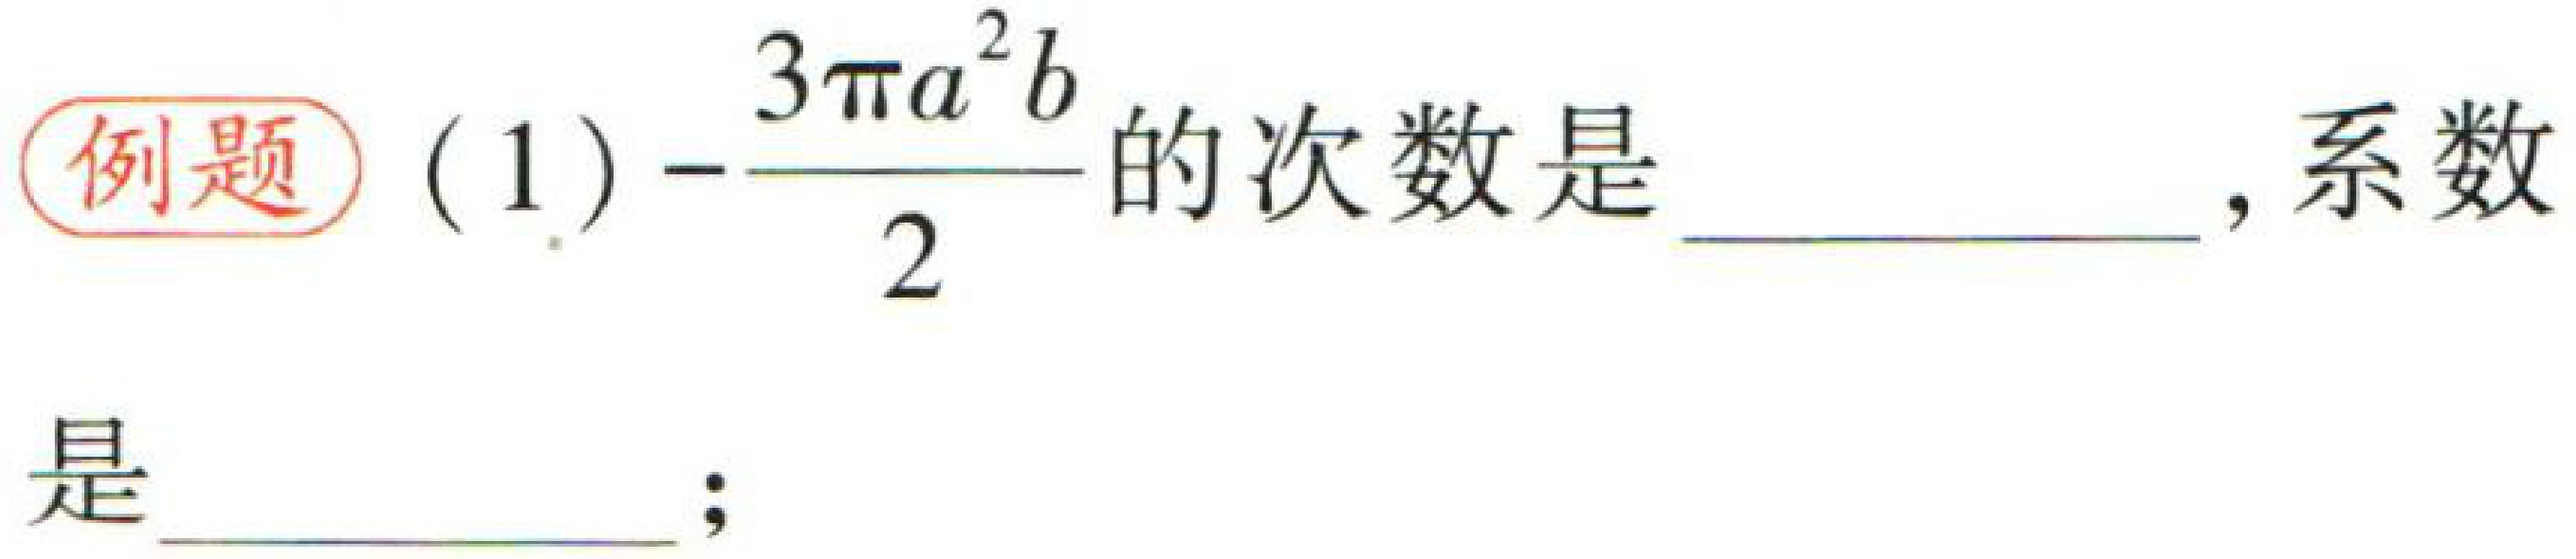
例题 (1) \(-\frac{3\pi a^{2}b}{2}\) 的次数是  ，系数是  ；